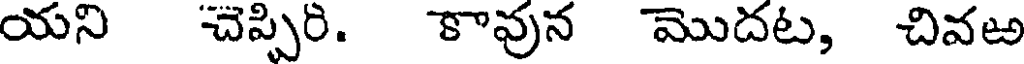
యని చెప్పిరి. కావున మొదట, చివఱ